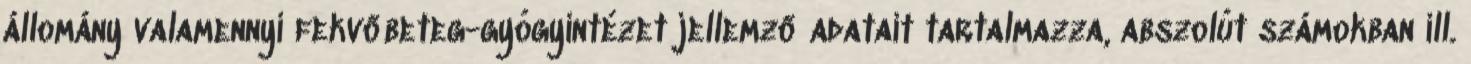
állomány valamennyi fekvőbeteg-gyógyintézet jellemző adatait tartalmazza, abszolút számokban ill.